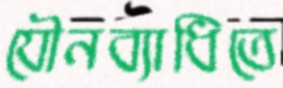
যৌনব্যাধিতে